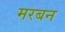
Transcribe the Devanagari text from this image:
मरबन